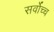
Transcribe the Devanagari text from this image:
सर्वाेच्च